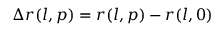
\Delta r ( l , p ) = r ( l , p ) - r ( l , 0 )